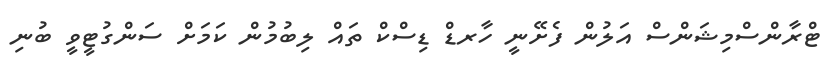
ޓްރާންސްމިޝަންސް އަލުން ފެށޭނީ ހާރޑް ޑިސްކް ތައް ލިބުމުން ކަމަށް ސަންގުޓީވީ ބުނި